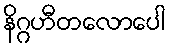
နိဂ္ဂဟီတလောပေါ